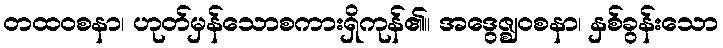
တထဝစနာ၊ ဟုတ်မှန်သောစကားရှိကုန်၏။ အဒွေဇ္ဈဝစနာ၊ နှစ်ခွန်းသော